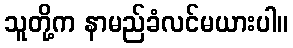
သူတို့က နာမည်ခံလင်မယားပါ။